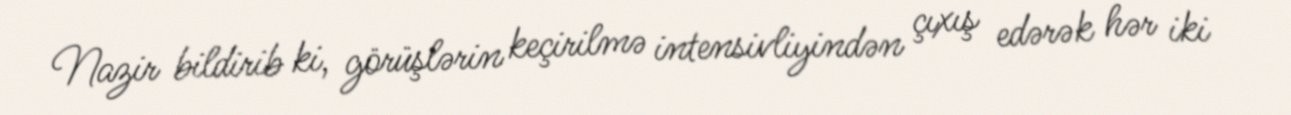
Nazir bildirib ki, görüşlərin keçirilmə intensivliyindən çıxış edərək hər iki